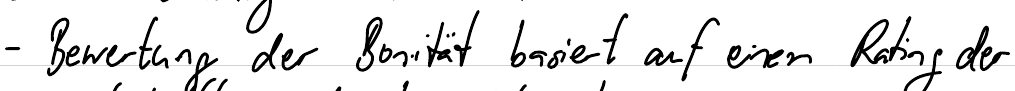
- Bewertung der Bonität basiert auf einen Rating der